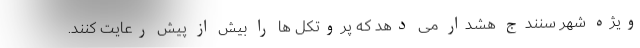
ویژه شهر سنندج هشدار می دهد که پروتکل ها را بیش از پیش رعایت کنند.